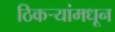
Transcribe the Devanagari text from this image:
ठिकऱ्यांमधून